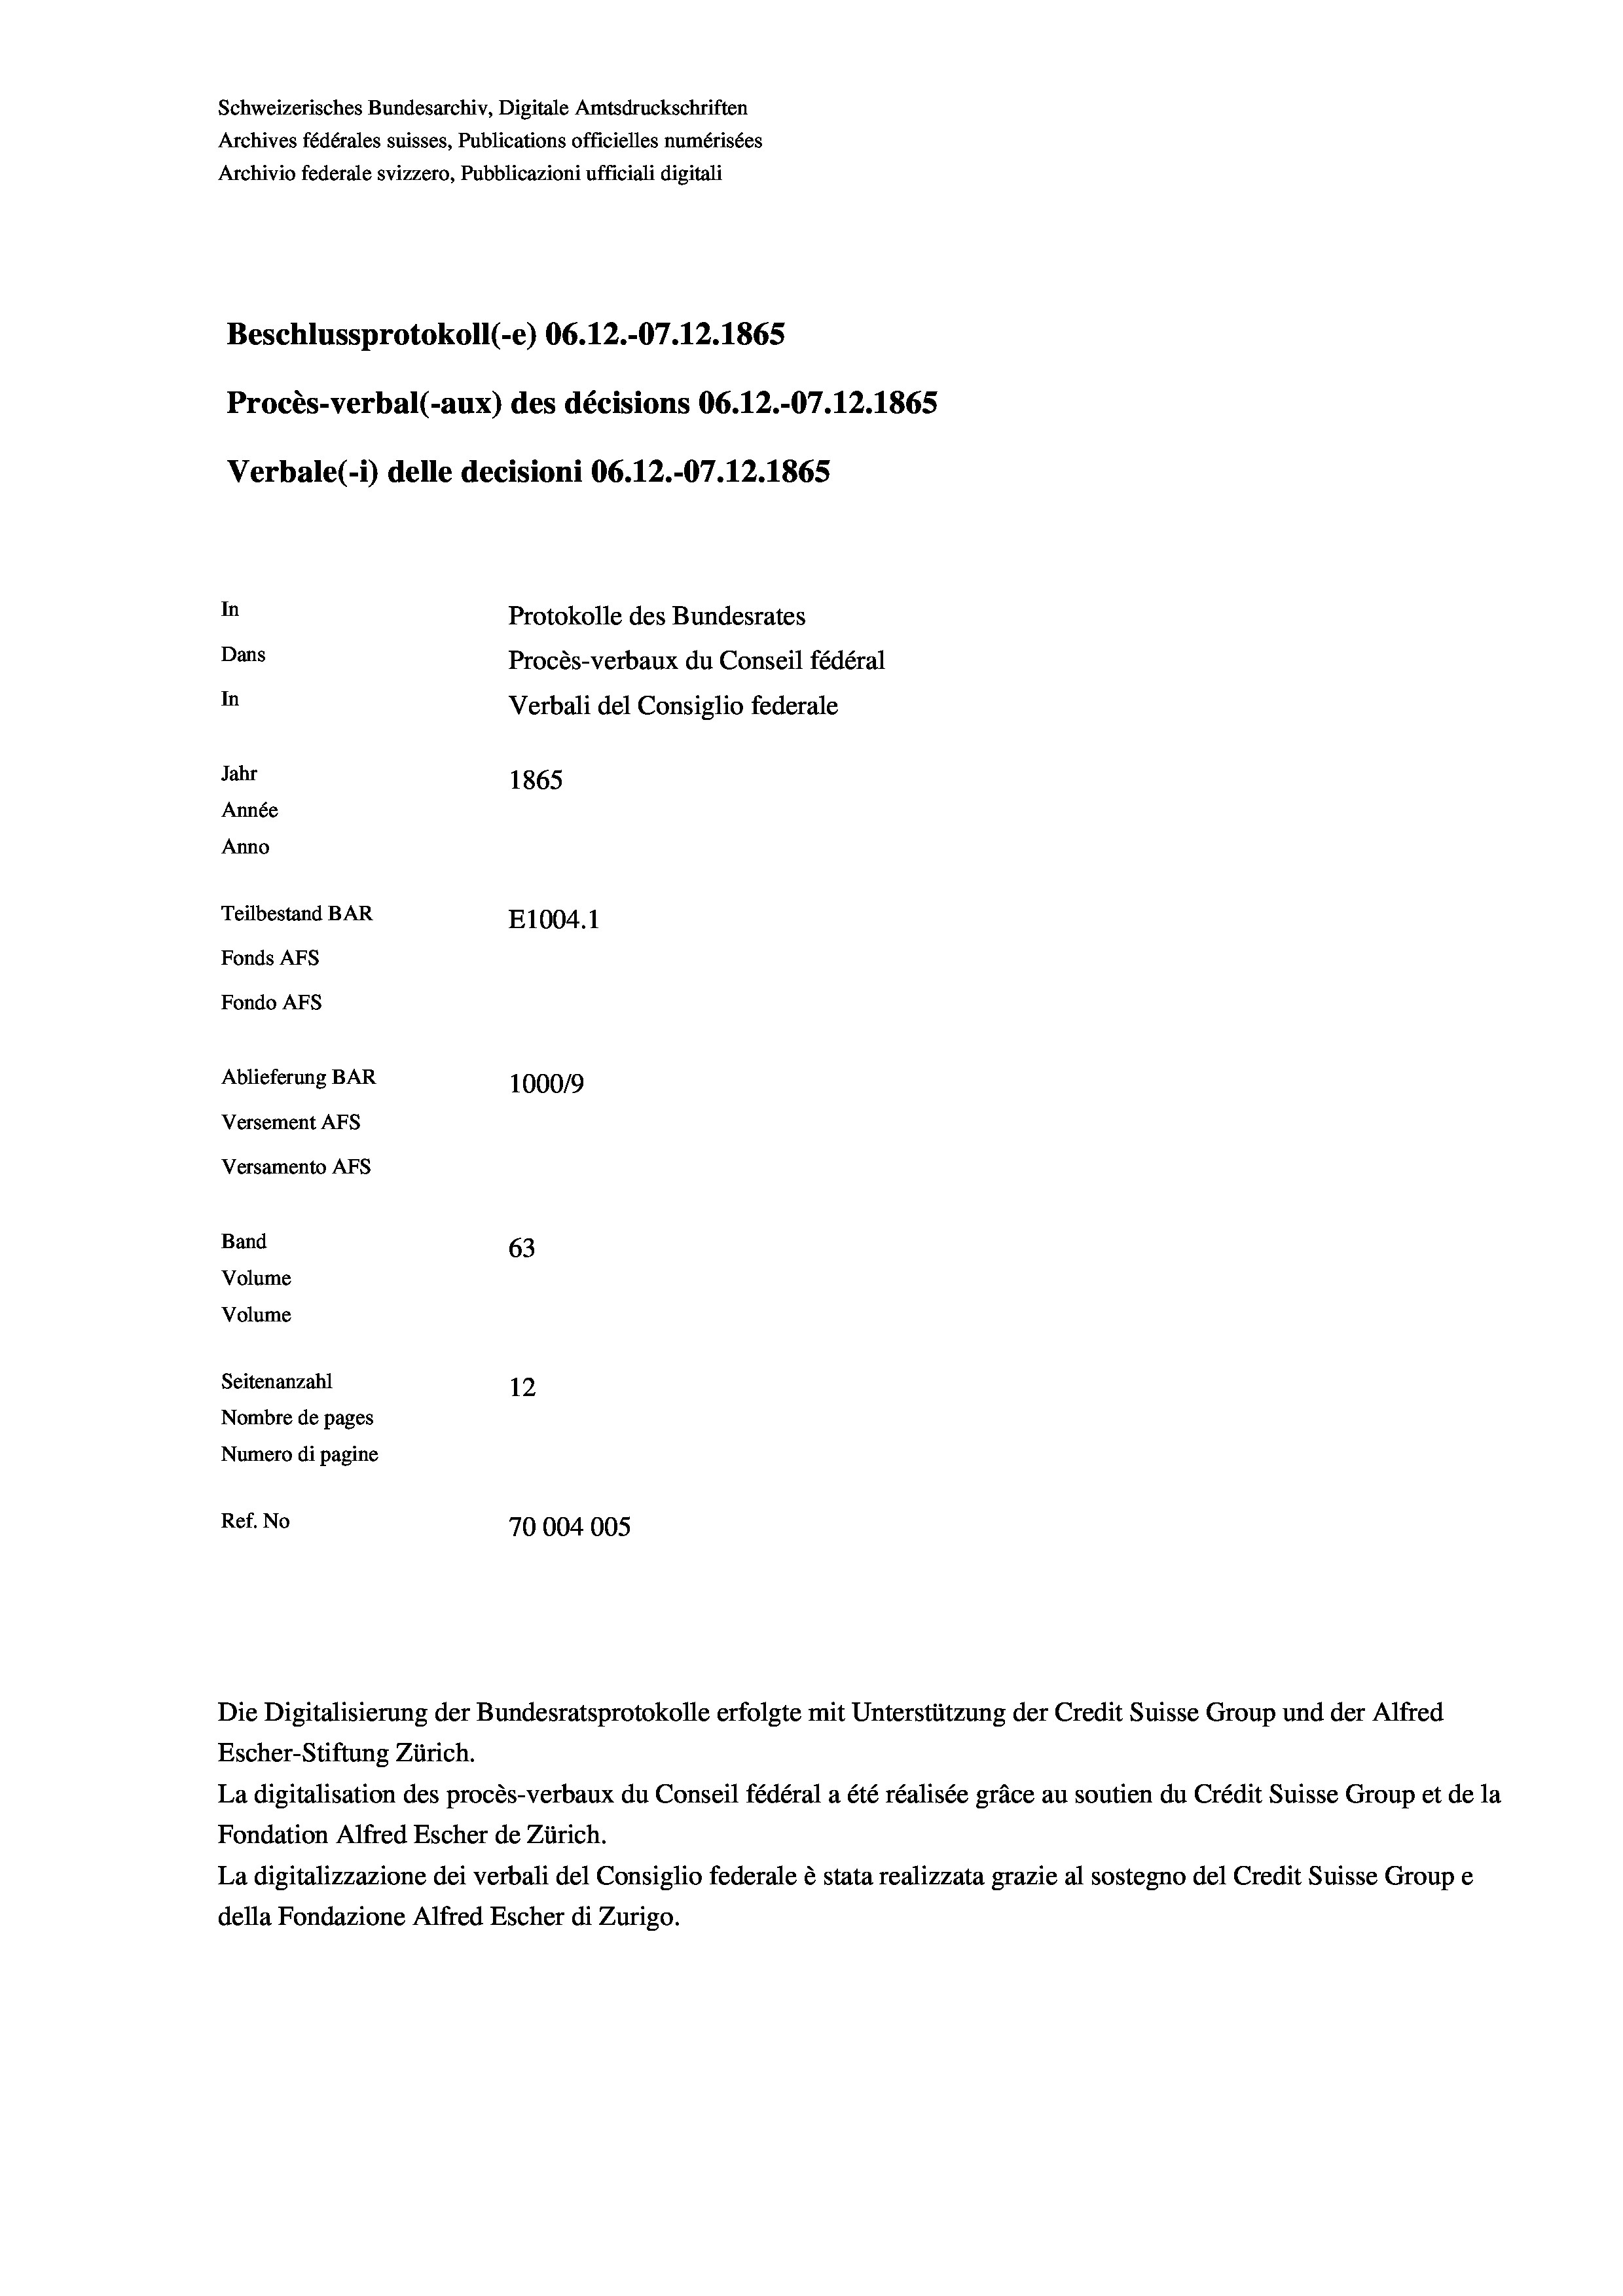
Schweizerisches Bundesarchiv, Digitale Amtsdruckschriften
Archives fédérales suisses, Publications officielles numérisées
Beschlussprotokoll (-e) 06.12.-07.12.1865
Procès-verbal (-aux) des décisions 06.12.-07.12.1865
Verbale (- 1) delle decisioni 06.12.-07.12.1865
In
Protokolle des Bundesrates
Dans
Procès-verbaux du Conseil fédéral
In
Verbali del Consiglio federale
Jahr
1865
Année
Anno
Teilbestand BAR
E1004.1
Fonds AFs
Fondo Afs

Ablieferung BAR
Versement Ans
Versamento Afs
Band
Volume
Volume
Seitenanzahl

100019
63
12
Nombre de pages
Numero di pagine
Ref. No
70004005

Archivio federale svizzero, Pubblicazioni ufficiali digitali

Escher-Stiftung Zürich.
La digitalisation des procès-verbaux du Conseil fédéral a été réalisée gräce au soutien du Crédit Suisse Group et de la
Fondation Alfred Escher de Zürich.
La digitalizzazione dei verbali del Consiglio federale è stata realizzata grazie al sostegno del Credit Suisse Groupe
della Fondazione Alfred Escher di Zurigo.

Die Digitalisierung der Bundesratsprotokolle erfolgte mit Unterstützung der Credit Suisse Group und der Alfred